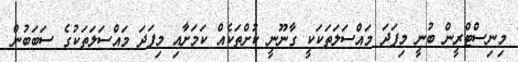
މިނިސްޓްރީން ބުނީ މިފަދަ މައްސަލަތަކަކީ ގާނޫނީ ކުށްތަކެއް ކަމަށާއި މިފަދަ މައްސަލަތަކުގެ ސަބަބުން